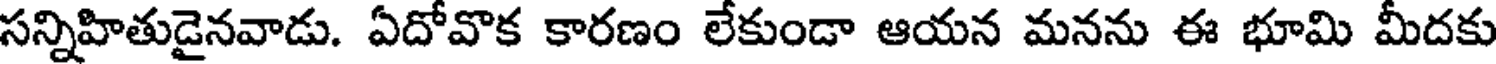
సన్నిహితుడైనవాడు. ఏదోవొక కారణం లేకుండా ఆయన మనను ఈ భూమి మీదకు